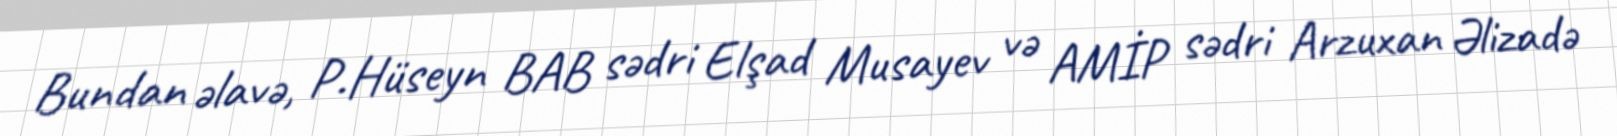
Bundan əlavə, P.Hüseyn BAB sədri Elşad Musayev və AMİP sədri Arzuxan Əlizadə